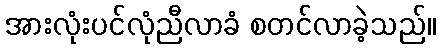
အားလုံးပင်လုံညီလာခံ စတင်လာခဲ့သည်။